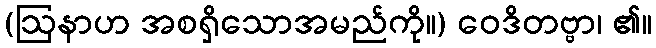
(ဩနာဟ အစရှိသောအမည်ကို။) ဝေဒိတဗ္ဗာ၊ ၏။